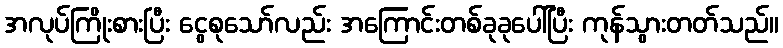
အလုပ်ကြိုးစားပြီး ငွေစုသော်လည်း အကြောင်းတစ်ခုခုပေါ်ပြီး ကုန်သွားတတ်သည်။